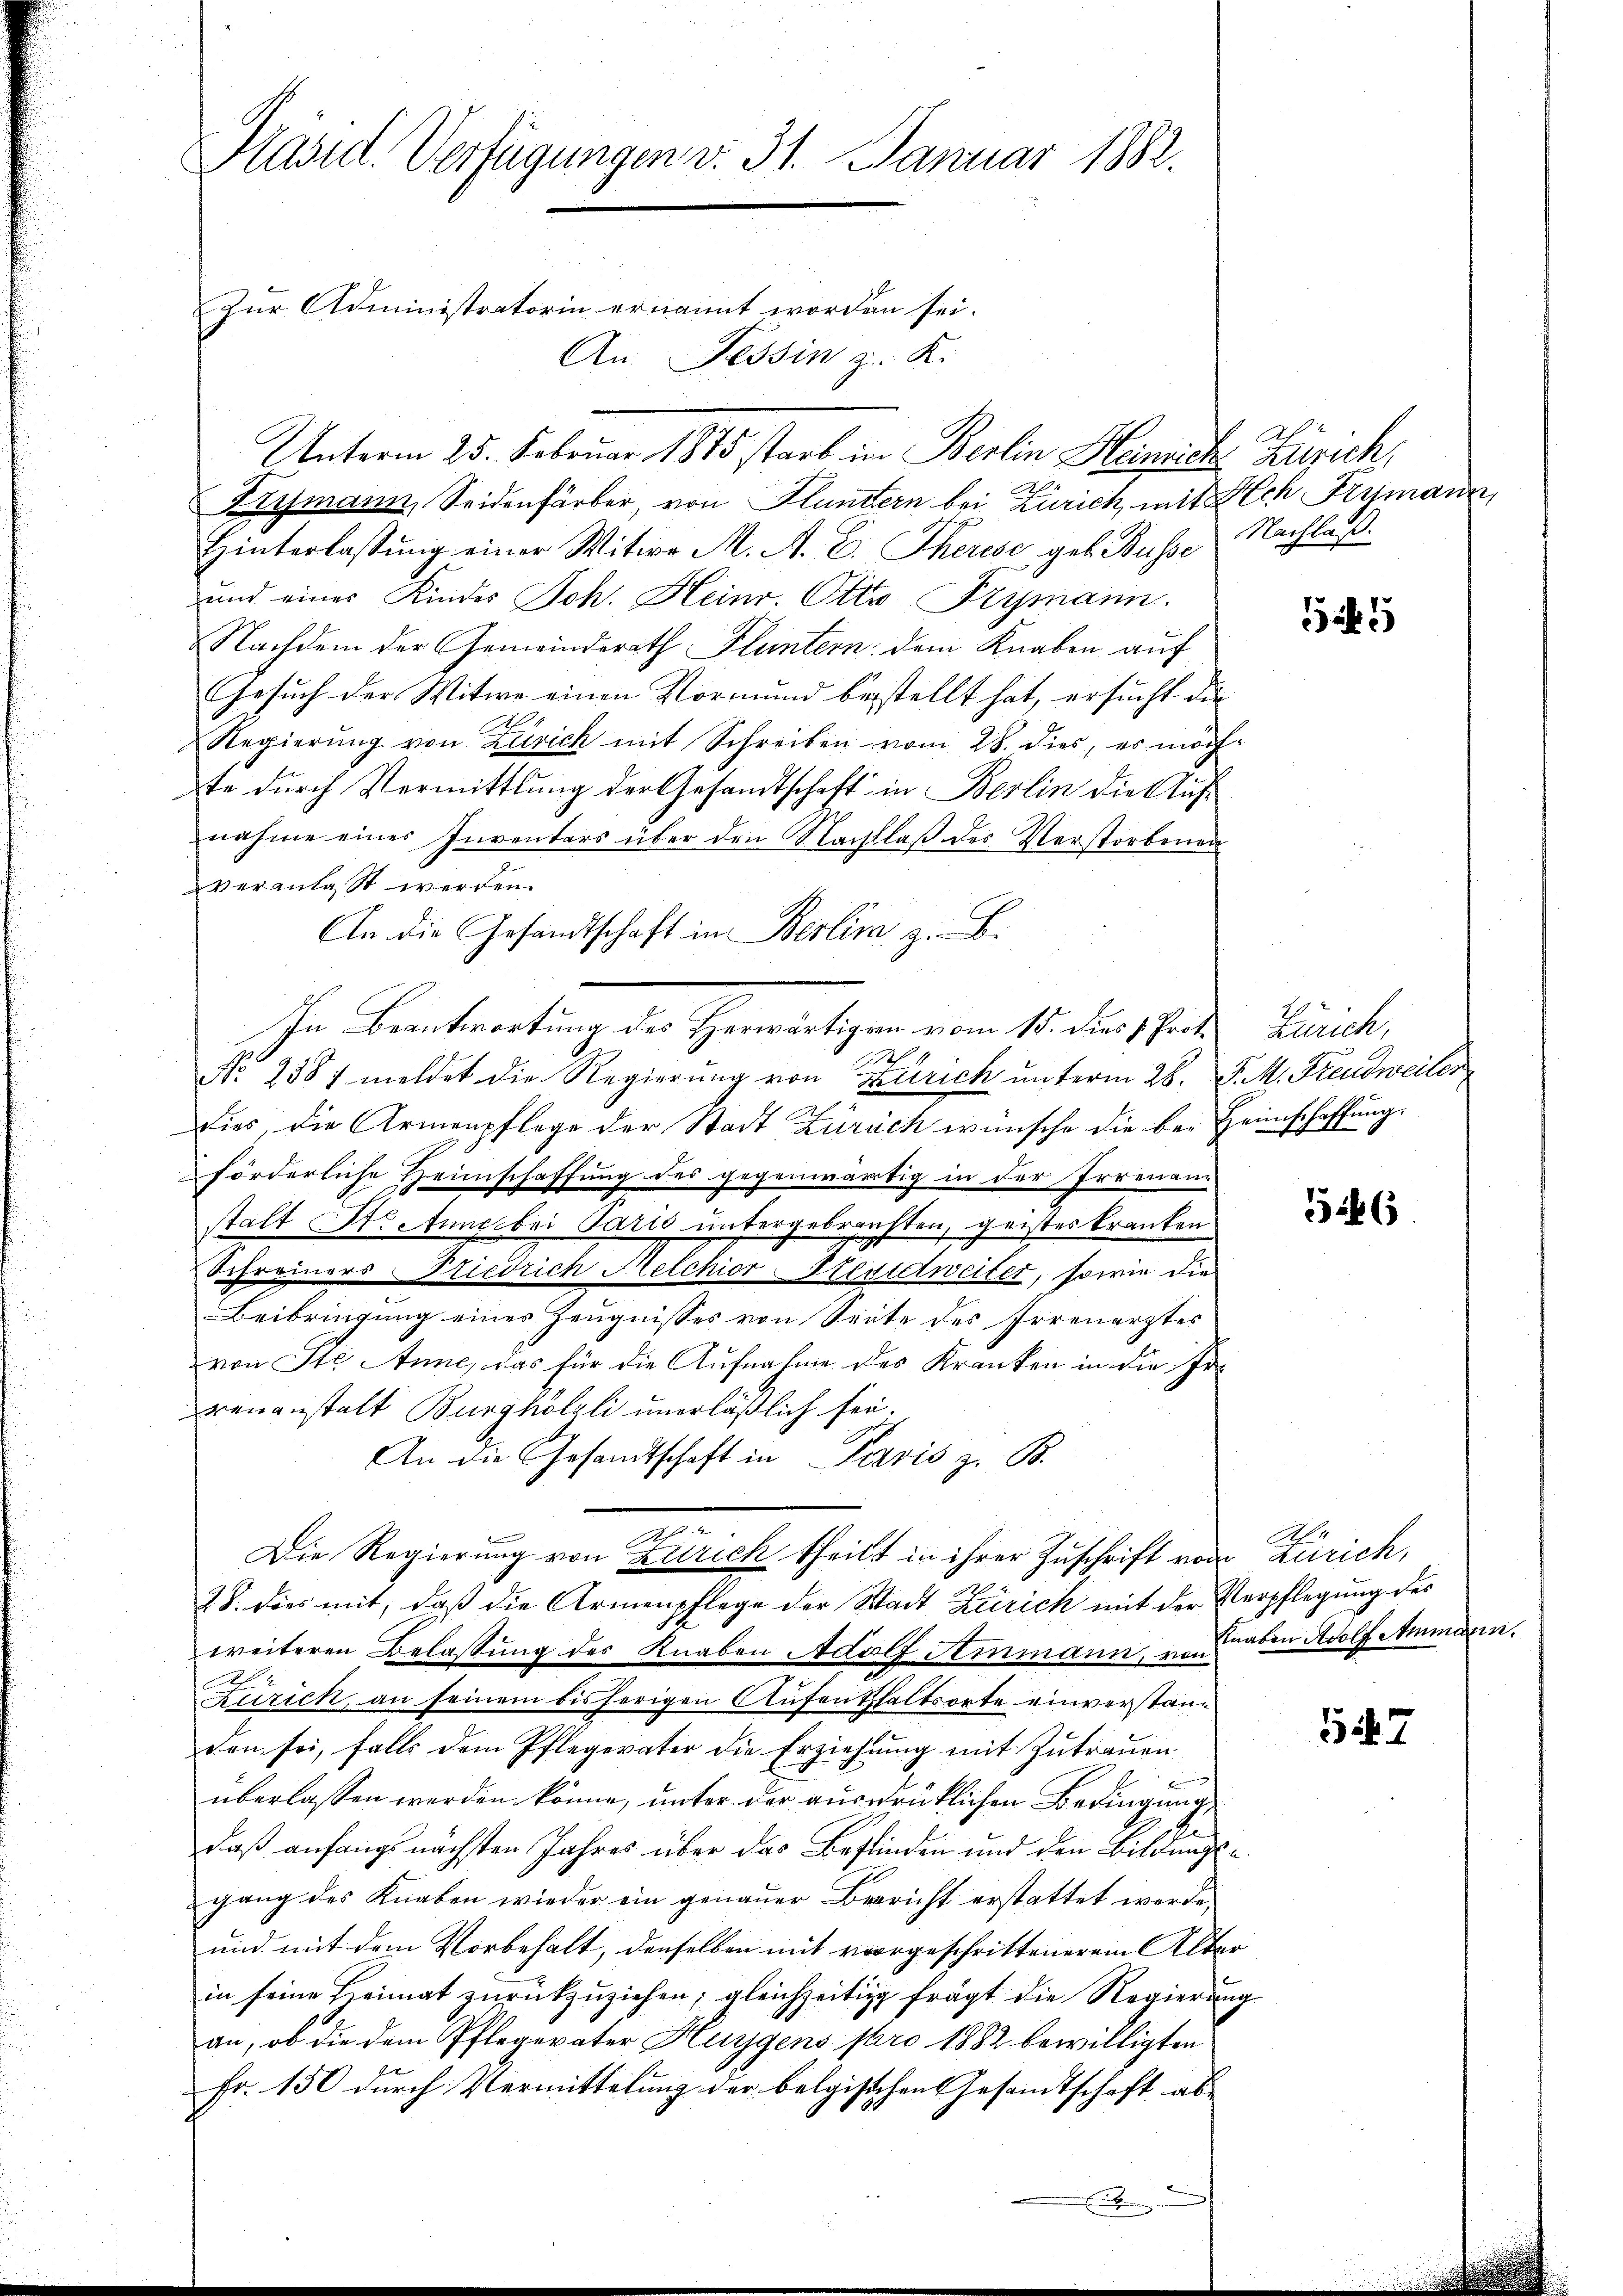
Präsid. Verfügungen v. 31. Januar 1882.
Zur Administratorin ernannt worden sei.

An Tessin z. K.
Erismann, Seidenfärber, von Fluntern bei Zürich, mit Ach Trumann,
Hinterlassung einer Witwe M. A. E. Therese geb. Busse
und eines Kindes Joh. Heinr. Otto Frymann.
Nachdem der Gemeindsrath Fluntern dem Knaben auf
Gesuch der Witwe einen Vormund bestellt hat, ersucht die
Regierŭng von Zürich mit Schreiben vom 28. dies, es möch
te durch Vermittlung der Gesandtschaft in Berlin die Aufnahme eines Inventars über den Nachlaß des Verstorbenen
veranlasst werden.
An die Gesandtschaft in Berlina z. B.
dies, die Armenpflege der Stadt Zürich wünsche die bei Heimschaffung.
förderliche Heimschaffung des gegenwärtig in der Irrenann
stalt St. Anne bei Paris untergebrachten, geistes kranken
Schreiners-Friedrich Melchior-Stenterweiter, sowie die
Beibringung eines Zeugnisses von Seite des Irrenarztes
von Ste Anne, das für die Aufnahme des Kranken in die Irrenanstalt Burghölzli unerläßlich sei.
An die Gesandtschaft in Paris z. B.
Die Regierung von Zürich theilt in ihrer Zuschrift von Zürich,
28. dies mit, daß die Armenpflege der Stadt Zürich mit der Verpflegung des
weiteren Belassung des Knaben Adolf Ammann, von haben Adolf Ammann.
Zürich, an seinem bisherigen Aufenthaltsorte einverstanden sei, falls dem Pflegerater die Erziehung mit Zutrauen
überlassen werden könne, unter der ausdrüklichen Bedingung,
daß anfangs nächsten Jahres über das Befinden und den Bildungs-
gang des Knaben wieder ein genauer Beericht erstattet werde,
und mit dem Vorbehalt, denselben mit vorgeschrittenerem Alter
in seine Heimat zurückzuziehen; gleichzeitig frägt die Regierung
an, ob die dem Pflegevater Hegens pro 1882 bewilligten
Fr. 150 durch Vermittelung der belgischen Gesandtschaft ab
.

Unterm 25. Februar 1875 starb im Berlin Heinrich Zürich,

In Beantwortung des Horwärtigen vom 15. der schrift. Zürich,
2
1
No. 2387 meldet die Regierung von Zürich unterm 28. P. M. Freudweiler

Nachlaß.

.

46

A

547